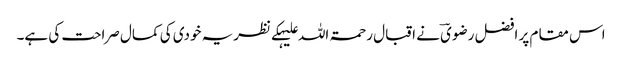
اس مقام پر افضل رضویؔ نے اقبال رحمۃ اللہ علیہکے نظریہ خودی کی کمال صراحت کی ہے۔